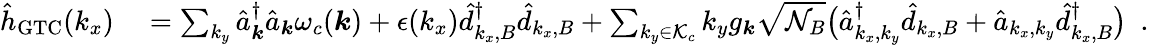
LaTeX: \begin{array}{rl}{{\hat{h}}_{\mathrm{GTC}}(k_{x})}&{{}=\sum_{{k_{y}}}\hat{a}_{\boldsymbol k}^{\dagger}\hat{a}_{\boldsymbol k}\omega_{c}({\boldsymbol k})+\epsilon(k_{x})\hat{d}_{k_{x},B}^{\dagger}\hat{d}_{k_{x},B}+\sum_{k_{y}\in\mathcal{K}_{c}}k_{y}{g_{\boldsymbol k}}\sqrt{\mathcal{N}_{B}}\big(\hat{a}_{k_{x},k_{y}}^{\dagger}\hat{d}_{k_{x},B}+\hat{a}_{{k_{x},k_{y}}}\hat{d}_{k_{x},B}^{\dagger}\big)~~.}\end{array}